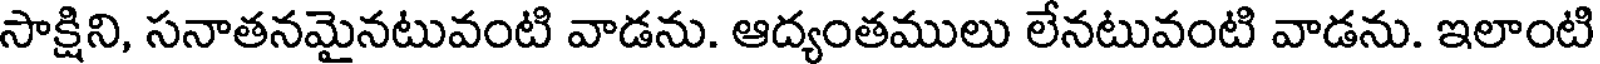
సాక్షిని, సనాతనమైనటువంటి వాడను. ఆద్యంతములు లేనటువంటి వాడను. ఇలాంటి